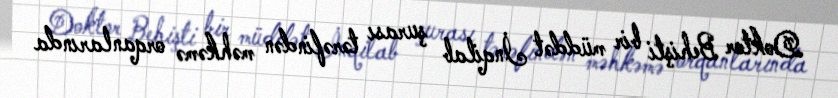
Doktor Behişti bir müddət İnqilab şurası tərəfindən məhkəmə orqanlarında